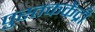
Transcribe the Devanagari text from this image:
पुस्तककेंद्री